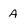
Character: A